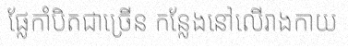
ផ្លែកាំបិតជាច្រើន កន្លែងនៅលើរាងកាយ